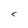
Character: C